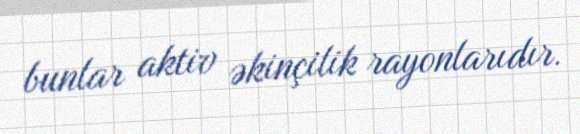
bunlar aktiv əkinçilik rayonlarıdır.